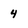
Character: 4